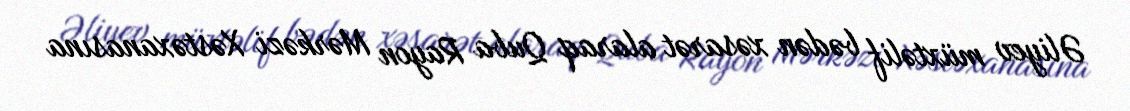
Əliyev müxtəlif bədən xəsarət alaraq Quba Rayon Mərkəzi Xəstəxanasına